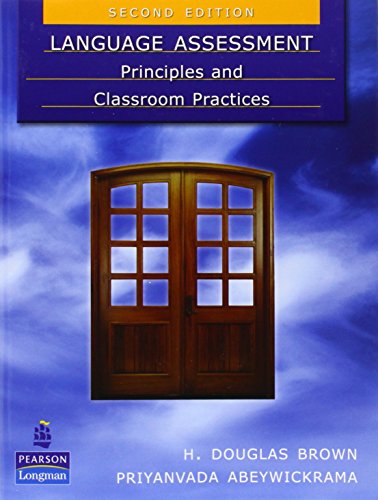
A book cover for Language Assessment: Principles and Classroom Practices (2nd Edition); H. Douglas Brown; Politics & Social Sciences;